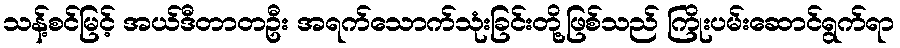
သန့်စင်မြင့် အယ်ဒီတာတဦး အရက်သောက်သုံးခြင်းတို့ဖြစ်သည် ကြိုးပမ်းဆောင်ရွက်ရာ